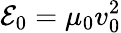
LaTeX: {\cal E}_{0}=\mu_{0}v_{0}^{2}